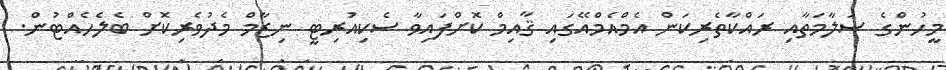
މީހުންގެ ސަލާމަތާއި ރައްކާތެރިކަން އެމްއެމްއޭގައި ޤާއިމް ކޮށްފައިވާ ސެކިއުރިޓީ ނިޒާމް މެދުވެރިކޮށް ބެލެހެއްޓުން.